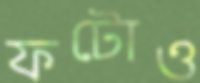
ফটোও